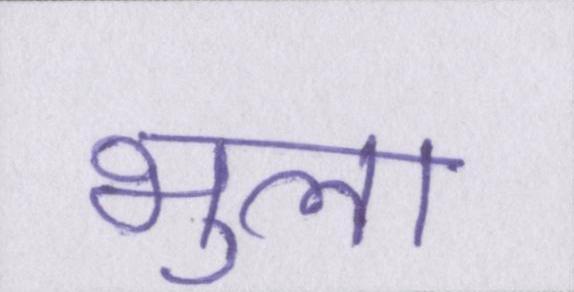
भुला